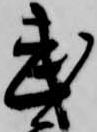
武